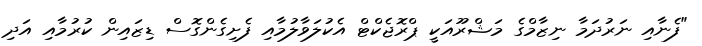
"ފެނާއި ނަރުދަމާ ނިޒާމްގެ މަޝްރޫއަކީ ޕްރޮޖެކްޓް އެކުލަވާލުމާއި ފެށިގެންގޮސް ޑިޒައިން ކުރުމާއި އަދި